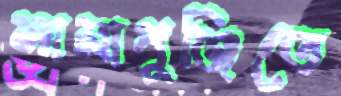
লামাপুঞ্জিতে